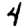
Digit: 4